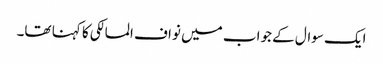
ایک سوال کے جواب میں نواف المالکی کا کہنا تھا۔